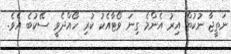
ނަތީޖާ ނުކުތް އިރު އެންމެ ގިނަ ވޯޓާއެކު ކުރި ހޯއްދެވީ ސޭކުބެ އެވެ.